Kominterni_Eesti_sektsioon_Moskvas, lk 29
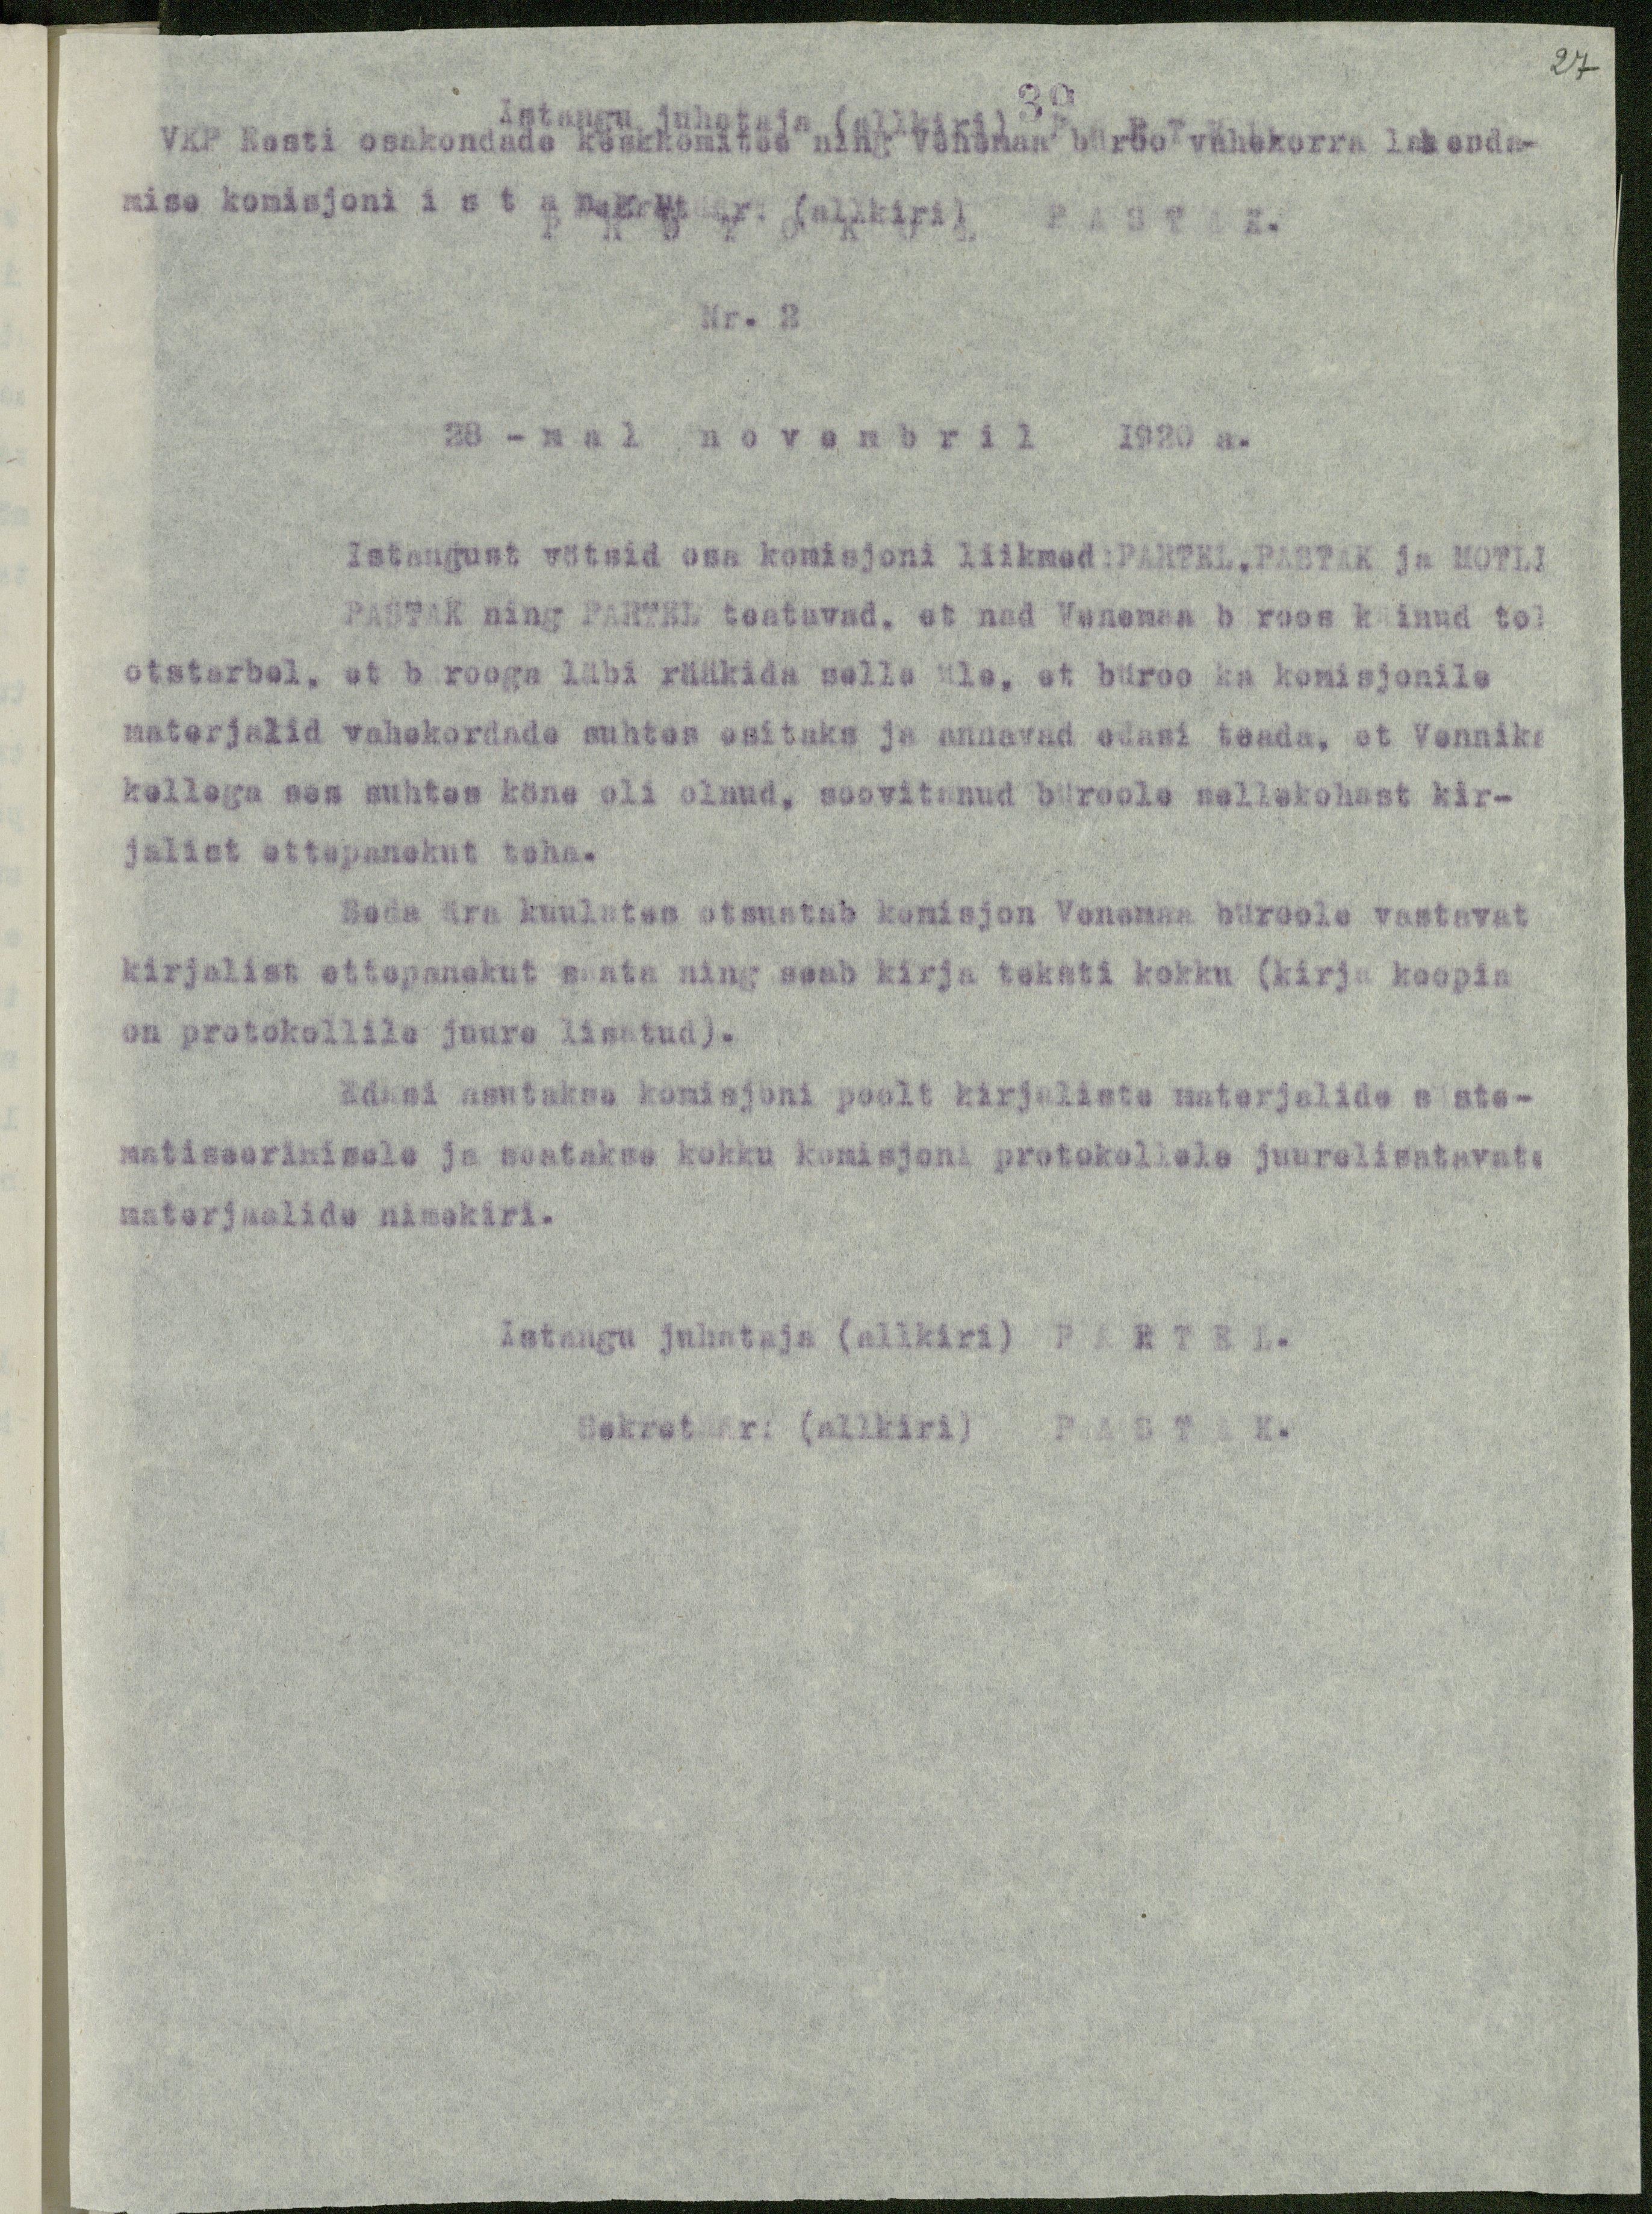
27

Istungi juhataja (allkiri)
VKP Eesti osakondade keskkomitee ning Venemaa büroo vahekorra lahenda-
mise komisjoni istang (allkiri) PASTAK.
PROTOKOL
Nr. 2
28-mal novembril 1920 a.
Istangust vötsid osa komisjoni liikmed:PARTEL,PASTAK ja MOTLI
PASTAK ning PARTEL teatavad, et nad Vanemaa büroos käinud tol
otstarbel, et bürooga läbi rääkida selle üle, et büroo ka komisjonile
materjalid vahekordade suhtes esitaks ja annavad edasi teada, et Vennika
kellega ses suhtes köne oli olnud, soovitanud büroole sellekohast kir-
jalist ettepanekut teha.
Seda ära kuulates otsustab komisjon Venemaa büroole vastavat
kirjalist ettepanekut saata ning seab kirja teksti kokku (kirja koopia
on protokollile juure lisatud).
Edasi asutakse komisjoni poolt kirjaliste materjalide süste-
matiseerimisele ja seatakse kokku komisjoni protokollele juurelisatavate
materjaalide nimekiri.
Istangu juhataja (allkiri) PARTEL.
Sekretäär (allkiri) PASTAK.